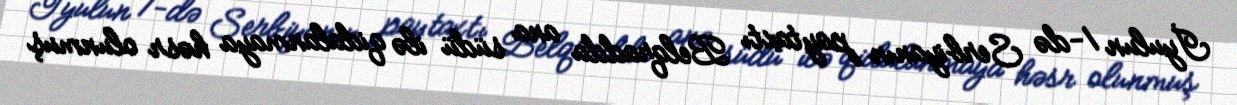
İyulun 1-də Serbiyanın paytaxtı Belqradda ana südü ilə qidalanmaya həsr olunmuş